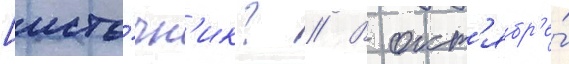
[исто́чн'ик? // В окт'ябр'е́